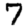
Digit: 7